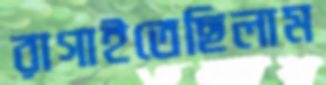
রাগাইতেছিলাম